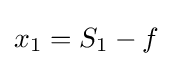
x_{1}=S_{1}-f